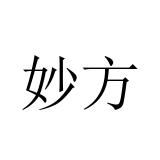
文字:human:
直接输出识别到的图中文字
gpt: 妙方